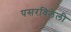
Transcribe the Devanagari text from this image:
पसरविलेली